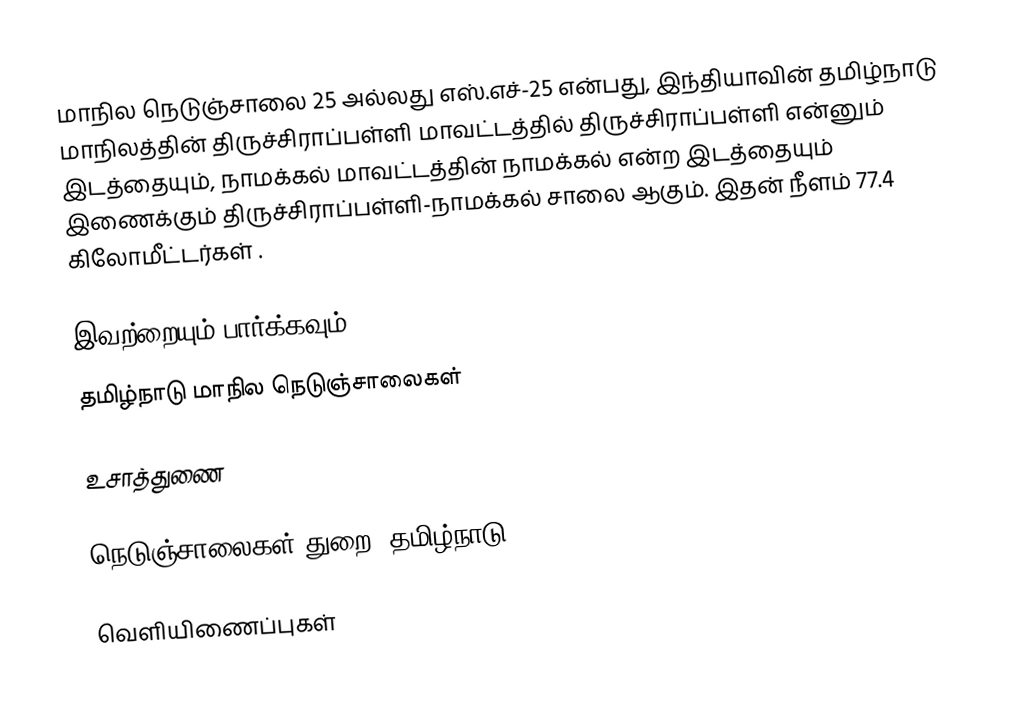
மாநில நெடுஞ்சாலை 25 அல்லது எஸ்.எச்-25 என்பது, இந்தியாவின் தமிழ்நாடு மாநிலத்தின் திருச்சிராப்பள்ளி மாவட்டத்தில் திருச்சிராப்பள்ளி என்னும் இடத்தையும், நாமக்கல் மாவட்டத்தின் நாமக்கல் என்ற இடத்தையும் இணைக்கும் திருச்சிராப்பள்ளி-நாமக்கல் சாலை ஆகும். இதன் நீளம் 77.4  கிலோமீட்டர்கள் .

இவற்றையும் பார்க்கவும்
 தமிழ்நாடு மாநில நெடுஞ்சாலைகள்

உசாத்துணை

 நெடுஞ்சாலைகள் துறை, தமிழ்நாடு

வெளியிணைப்புகள்